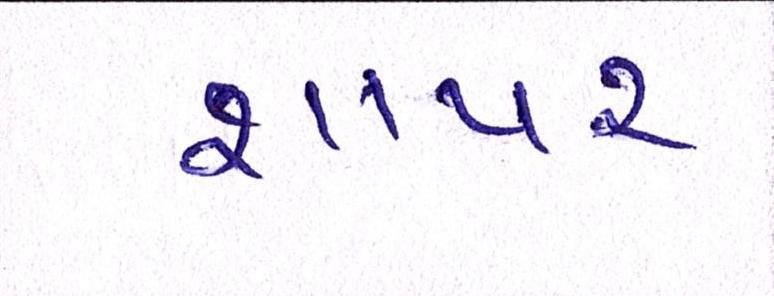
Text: શાપર